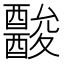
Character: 𨣪